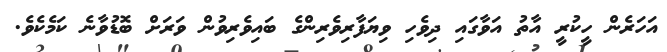
އަހަރެން ހީކުރީ އާތު އަވާގައި ދިވެހި ވިޔަފާރިވެރިންގެ ބައިވެރިވުން ވަރަށް ބޮޑުވާނެ ކަމެކެވެ.